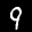
Label: 9